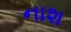
નાશ